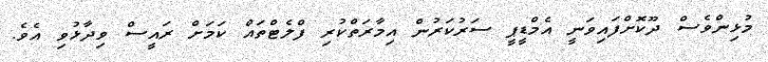
މުޅިންވެސް ދޫކޮށްފައިވަނީ އެމްޑީޕީ ސަރުކަރުން އިމާރަތްކުރި ފްލެޓްތައް ކަމަށް ރައީސް ވިދާޅުވި އެވެ.